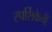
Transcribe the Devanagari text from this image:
स्पर्शिकेची